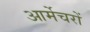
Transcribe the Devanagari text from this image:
आर्मेचरों